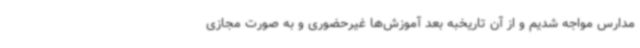
مدارس مواجه شدیم و از آن تاریخبه بعد آموزش‌ها غیرحضوری و به صورت مجازی